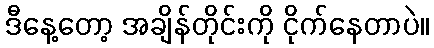
ဒီနေ့တော့ အချိန်တိုင်းကို ငိုက်နေတာပဲ။